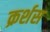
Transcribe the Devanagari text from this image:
क्रर्शस